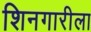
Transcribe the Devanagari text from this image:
शिनगारीला